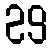
29